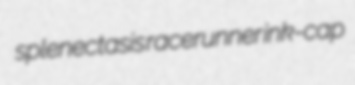
splenectasis racerunner ink-cap